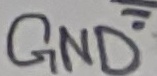
Text: GND